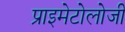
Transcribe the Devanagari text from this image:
प्राइमेटोलोजी